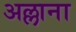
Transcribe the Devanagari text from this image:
अल्लाना